Civil Veterinary Dept. Bombay admin report 1893-99 - 1893-1899
Year: 1893
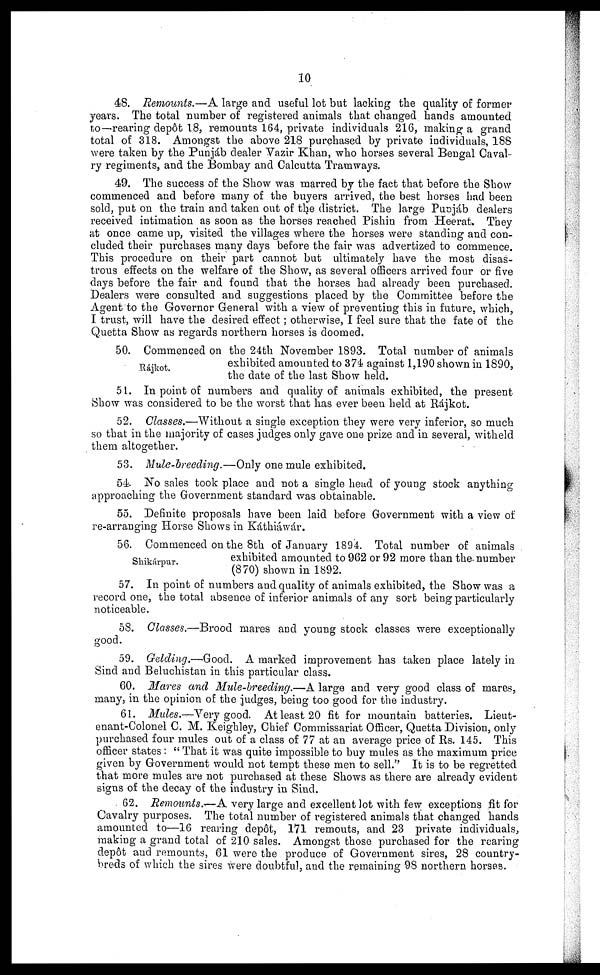
10
48. Remounts.—A large and useful lot but lacking the quality of former
years. The total number of registered animals that changed hands amounted
to—rearing depôt 18, remounts 164, private individuals 216, making a grand
total of 318. Amongst the above 218 purchased by private individuals, 188
were taken by the Punjáb dealer Vazir Khan, who horses several Bengal Caval-
ry regiments, and the Bombay and Calcutta Tramways.
49. The success of the Show was marred by the fact that before the Show
commenced and before many of the buyers arrived, the best horses had been
sold, put on the train and taken out of the district. The large Punjáb dealers
received intimation as soon as the horses reached Pishin from Heerat. They
at once came up, visited the villages where the horses were standing and con-
cluded their purchases many days before the fair was advertized to commence.
This procedure on their part cannot but ultimately have the most disas-
trous effects on the welfare of the Show, as several officers arrived four or five
days before the fair and found that the horses had already been purchased.
Dealers were consulted and suggestions placed by the Committee before the
Agent to the Governor General with a view of preventing this in future, which,
I trust, will have the desired effect; otherwise, I feel sure that the fate of the
Quetta Show as regards northern horses is doomed.
Rájkot.
50. Commenced on the 24th November 1893. Total number of animals
exhibited amounted to 374 against 1,190 shown in 1890,
the date of the last Show held.
51. In point of numbers and quality of animals exhibited, the present
Show was considered to be the worst that has ever been held at Rájkot.
52. Classes.—Without a single exception they were very inferior, so much
so that in the majority of cases judges only gave one prize and in several, witheld
them altogether.
53. Mule-breeding.—Only one mule exhibited.
54 No sales took place and not a single head of young stock anything
approaching the Government standard was obtainable.
55. Definite proposals have been laid before Government with a view of
re-arranging Horse Shows in Káthiáwár.
Shikárpur.
56. Commenced on the 8th of January 1894. Total number of animals
exhibited amounted to 962 or 92 more than the number
(870) shown in 1892.
57. In point of numbers and quality of animals exhibited, the Show was a
record one, the total absence of inferior animals of any sort being particularly
noticeable.
58. Classes.—Brood mares and young stock classes were exceptionally
good.
59. Gelding.—Good.
A marked improvement has taken place lately in
Sind and Beluchistan in this particular class.
60. Mares and Mule-breeding.—A large and very good class of mares,
many, in the opinion of the judges, being too good for the industry.
61. Mules.—Very good. At least 20 fit for mountain batteries. Lieut-
enant-Colonel C. M. Keighley, Chief Commissariat Officer, Quetta Division, only
purchased four mules out of a class of 77 at an average price of Rs. 145. This
officer states: "That it was quite impossible to buy mules as the maximum price
given by Government would not tempt these men to sell." It is to be regretted
that more mules are not purchased at these Shows as there are already evident
signs of the decay of the industry in Sind.
62. Remounts.—A very large and excellent lot with few exceptions fit for
Cavalry purposes. The total number of registered animals that changed hands
amounted to—16 rearing depôt, 171 remouts, and 23 private individuals,
making a grand total of 210 sales. Amongst those purchased for the rearing
depôt and remounts, 61 were the produce of Government sires, 28 country-
breds of which the sires were doubtful, and the remaining 98 northern horses.